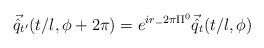
LaTeX: \begin{align*}\vec{\hat{q}}_{t'}(t/l, \phi + 2 \pi) = e^{ir_-2\pi \Pi^0}\vec{\hat{q}}_{t} (t/l,\phi)\end{align*}